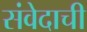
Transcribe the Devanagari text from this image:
संवेदाची